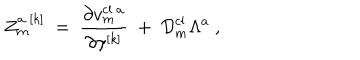
LaTeX: Z _ { m } ^ { a \ [ k ] } \ = \ { \frac { \partial v _ { m } ^ { \mathrm { c l } \ a } } { \partial \gamma ^ { [ k ] } } } \ + \ { \cal D } _ { m } ^ { \mathrm { c l } } \Lambda ^ { a } \ ,